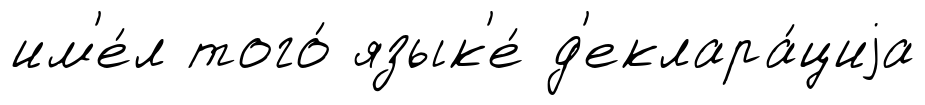
им'е́л того́ язык'е́ д'еклара́циjа